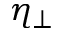
\eta _ { \perp }